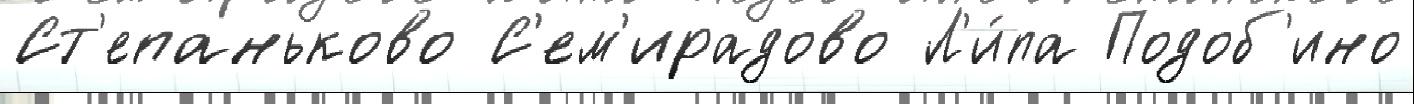
Ст'епаньково С'ем'ирадово Л'и́па Подоб'ино